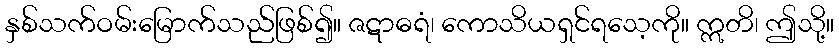
နှစ်သက်ဝမ်းမြောက်သည်ဖြစ်၍။ ဇဋာဓရံ၊ ကောသိယရှင်ရသေ့ကို။ ဣတိ၊ ဤသို့။